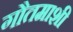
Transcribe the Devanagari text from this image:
गौतमाशी